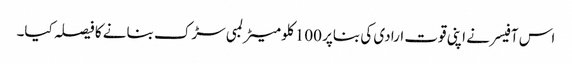
اس آفیسر نے اپنی قوت ارادی کی بناپر 100 کلو میٹر لمبی سڑک بنانے کا فیصلہ کیا۔